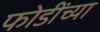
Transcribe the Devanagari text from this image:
फोडींच्या